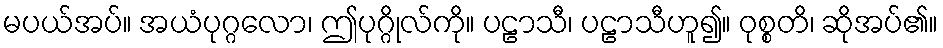
မပယ်အပ်။ အယံပုဂ္ဂလော၊ ဤပုဂ္ဂိုလ်ကို။ ပဠာသီ၊ ပဠာသီဟူ၍။ ဝုစ္စတိ၊ ဆိုအပ်၏။